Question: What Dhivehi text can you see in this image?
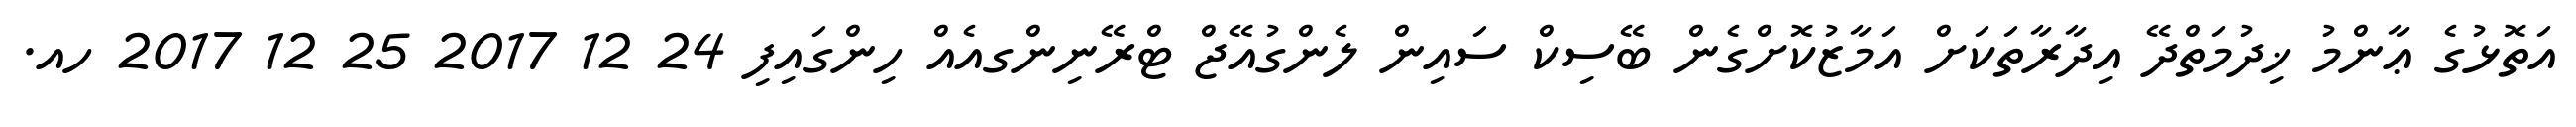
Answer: އަތޮޅުގެ ޢާންމު ޚިދުމަތްދޭ އިދާރާތަކަށް އަމާޒުކޮށްގެން ބޭސިކް ސައިން ލެންގުއޭޖް ޓްރޭނިންގއެއް ހިންގައިފި 24 12 2017 25 12 2017 ހއ.